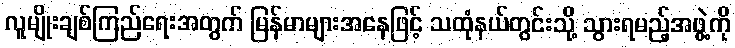
လူမျိုးချစ်ကြည်ရေးအတွက် မြန်မာများအနေဖြင့် သထုံနယ်တွင်းသို့ သွားရမည့်အဖွဲ့ကို